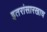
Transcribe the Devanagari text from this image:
इतरांसारखाच